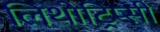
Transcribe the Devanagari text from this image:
लिथोट्रिप्सी